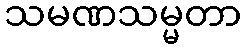
သမဏသမ္မတာ